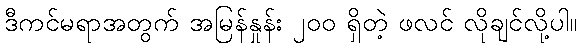
ဒီကင်မရာအတွက် အမြန်နှုန်း ၂၀၀ ရှိတဲ့ ဖလင် လိုချင်လို့ပါ။